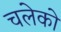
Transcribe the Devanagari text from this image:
चलेको